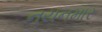
નયનમાર